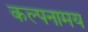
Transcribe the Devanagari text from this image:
कल्पनामय